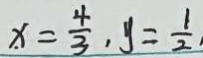
x = \frac { 4 } { 3 } , y = \frac { 1 } { 2 }